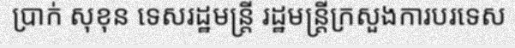
ប្រាក់ សុខុន ទេសរដ្ឋមន្ត្រី រដ្ឋមន្ត្រីក្រសួងការបរទេស